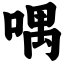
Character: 喁